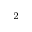
_ 2